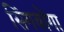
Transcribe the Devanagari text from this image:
सिंगबोंगा